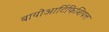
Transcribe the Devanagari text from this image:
बायोआर्टिफिशियल